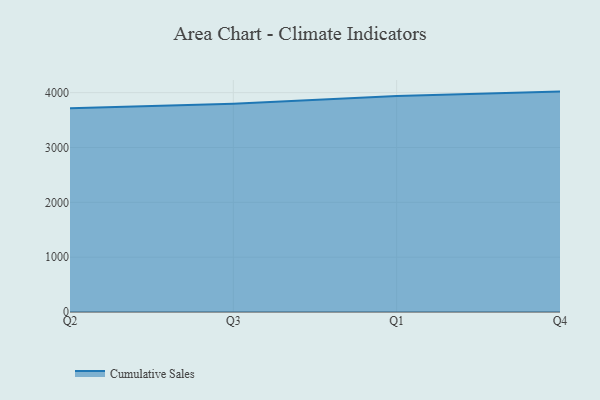
{"axis": {"x": "Quarter", "y": "Population (Million)"}, "legend": ["Cumulative Sales"], "data": [{"x": "Q2", "y": 3714.2, "type": "Cumulative Sales"}, {"x": "Q3", "y": 3797.7, "type": "Cumulative Sales"}, {"x": "Q1", "y": 3940.5, "type": "Cumulative Sales"}, {"x": "Q4", "y": 4019.5, "type": "Cumulative Sales"}]}